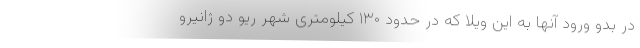
در بدو ورود آنها به این ویلا که در حدود ۱۳۰ کیلومتری شهر ریو دو ژانیرو